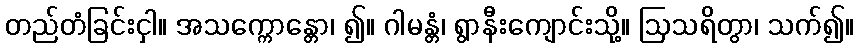
တည်တံခြင်းငှါ။ အသက္ကောန္တော၊ ၍။ ဂါမန္တံ၊ ရွာနီးကျောင်းသို့။ ဩသရိတွာ၊ သက်၍။